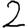
Digit: 2